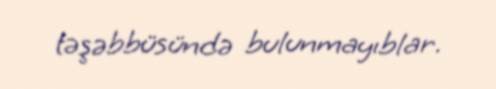
təşəbbüsündə bulunmayıblar.